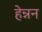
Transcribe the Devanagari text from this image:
हेन्नन